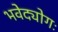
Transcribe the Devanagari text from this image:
भवेद्योगः